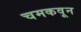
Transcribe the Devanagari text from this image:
चमकवून